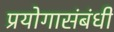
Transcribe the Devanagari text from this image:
प्रयोगासंबंधी